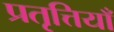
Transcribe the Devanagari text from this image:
प्रतृत्तियाँ